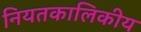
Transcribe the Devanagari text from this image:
नियतकालिकीय